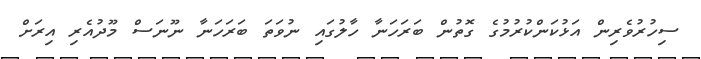
ސިހުރުވެރިން އަޅުކަންކުރުމުގެ ގޮތުން ބަރަހަނާ ހާލުގައި ނުވަތަ ބަރަހަނާ ނޫނަސް މޫދުއެރި އިރަށް